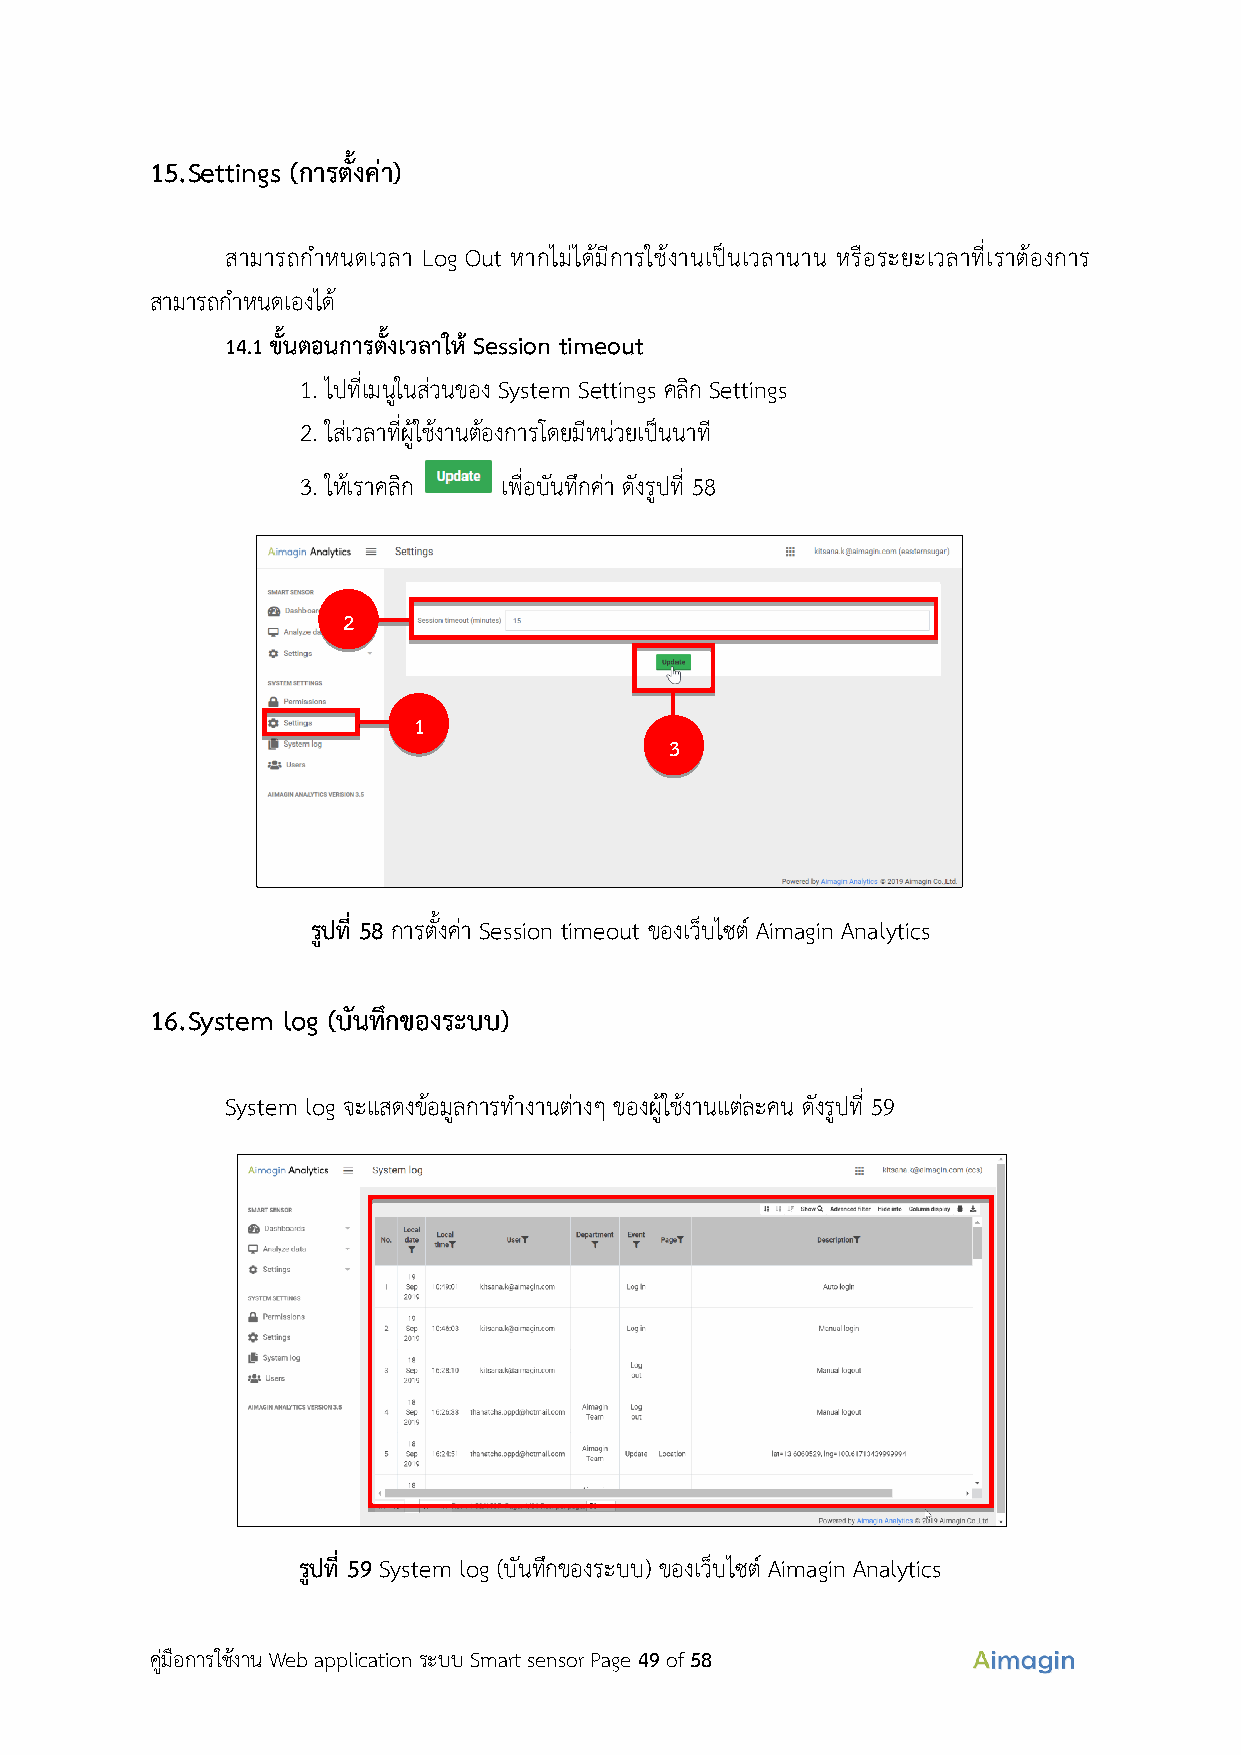
15. Settings (การตั้งค่า)
 สามารถกำหนดเวลา Log Out หากไม่ได้มีการใช้งานเป็นเวลานาน หรือระยะเวลาที่เราต้องการ
 สามารถกำหนดเองได ้
 14.1 ขั้นตอนการตั้งเวลาให ้ Session timeout
 1. ไปทเี่ มนูในส่วนของ System Settings คลิก Settings
 2. ใส่เวลาที่ผู้ใช้งานต้องการโดยมีหน่วยเป็นนาที
 3. ให้เราคลิก เพื่อบันทึกค่า ดงั รูปที่ 58
 2
 1
 3
 รูปที่ 58 การตั้งค่า Session timeout ของเว็บไซต์ Aimagin Analytics
 16. System log (บันทึกของระบบ)
 System log จะแสดงข้อมูลการทำงานต่างๆ ของผู้ใช้งานแต่ละคน ดังรูปที่ 59
 รูปที่ 59 System log (บันทึกของระบบ) ของเว็บไซต์ Aimagin Analytics
 คู่มือการใช้งาน Web application ระบบ Smart sensor Page 49 of 58